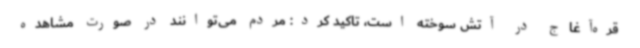
قره‌آغاج در آتش سوخته است، تاکید کرد: مردم می‌توانند در صورت مشاهده